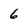
Character: 6